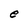
Character: e